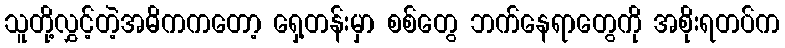
သူတို့လွှင့်တဲ့အဓိကကတော့ ရှေ့တန်းမှာ စစ်တွေ ဘက်နေရာတွေကို အစိုးရတပ်က